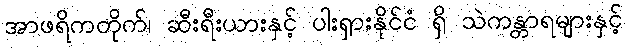
အာဖရိကတိုက်၊ ဆီးရီးယားနှင့် ပါးရှားနိုင်ငံ ရှိ သဲကန္တာရများနှင့်